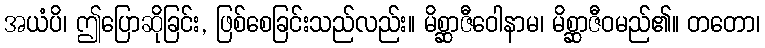
အယံပိ၊ ဤပြောဆိုခြင်း, ဖြစ်စေခြင်းသည်လည်း။ မိစ္ဆာဇီဝေါနာမ၊ မိစ္ဆာဇီဝမည်၏။ တတော၊